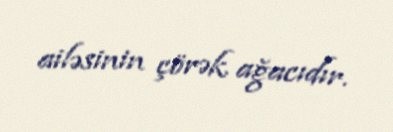
ailəsinin çörək ağacıdır.